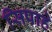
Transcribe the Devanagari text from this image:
सिपाहे